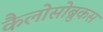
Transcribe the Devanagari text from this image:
कैलोसोब्रुकस